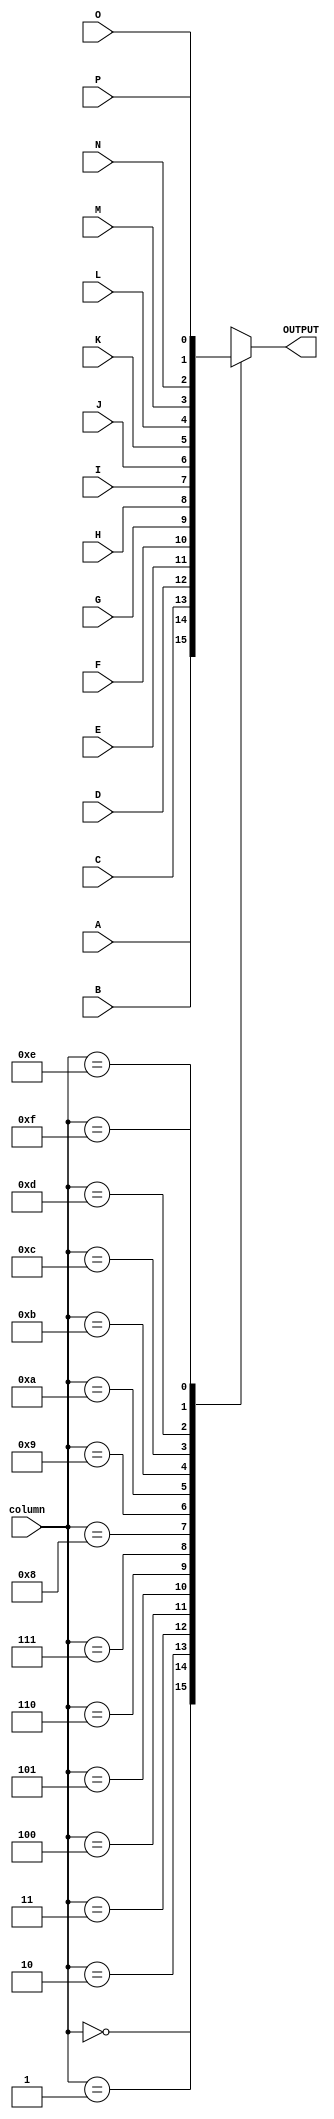
module MuxTwo (
  input A,
  input B,
  input C,
  input D,
  input E,
  input F,
  input G,
  input H,
  input I,
  input J,
  input K,
  input L,
  input M,
  input N,
  input O,
  input P,
  input [3:0] column,
  output reg OUTPUT
);
  always @(*) begin
    case (column)
      4'b0000: OUTPUT = A;
      4'b0001: OUTPUT = B;
      4'b0010: OUTPUT = C;
      4'b0011: OUTPUT = D;
      4'b0100: OUTPUT = E;
      4'b0101: OUTPUT = F;
      4'b0110: OUTPUT = G;
      4'b0111: OUTPUT = H;
      4'b1000: OUTPUT = I;
      4'b1001: OUTPUT = J;
      4'b1010: OUTPUT = K;
      4'b1011: OUTPUT = L;
      4'b1100: OUTPUT = M;
      4'b1101: OUTPUT = N;
      4'b1110: OUTPUT = O;
      4'b1111: OUTPUT = P;
      default: OUTPUT = 1'b0;
    endcase
  end

endmodule